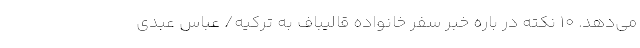
می‌دهد. 10 نکته در باره خبر سفر خانواده قالیباف به ترکیه/ عباس عبدی